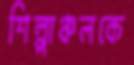
শিল্পাঞ্চলকে